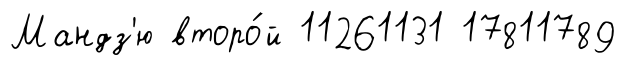
Мандз'ю второ́й 11261131 17811789